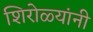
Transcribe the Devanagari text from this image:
शिरोळ्यांनी